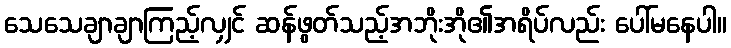
သေသေချာချာကြည့်လျှင် ဆန်ဖွတ်သည့်အဘိုးအို၏အရိပ်လည်း ပေါ်မနေပါ။